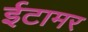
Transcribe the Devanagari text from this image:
ईटामर